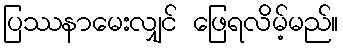
ပြဿနာမေးလျှင် ဖြေရလိမ့်မည်။